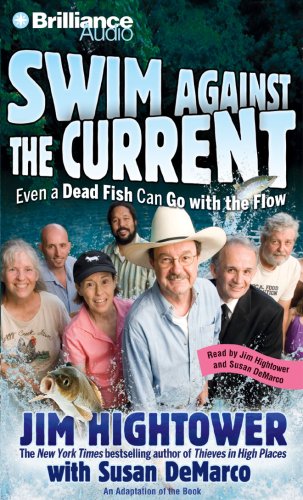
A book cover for Swim against the Current: Even a Dead Fish Can Go with the Flow; Jim Hightower; Humor & Entertainment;